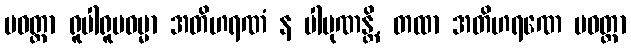
ပဝတ္တာ ရူပါရူပဓမ္မာ အတိဟရဏံ န ပါပုဏန္တိ, တထာ အတိဟရဏေ ပဝတ္တာ